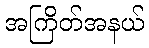
အကြိတ်အနယ်